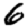
Digit: 6